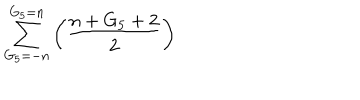
\sum _ { G _ { 5 } = - n } ^ { G _ { 5 } = n } \left( \frac { n + G _ { 5 } + 2 } { 2 } \right)